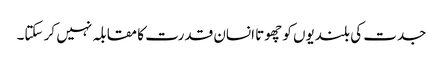
جدت کی بلندیوں کو چھوتا انسان قدرت کا مقابلہ نہیں کر سکتا۔